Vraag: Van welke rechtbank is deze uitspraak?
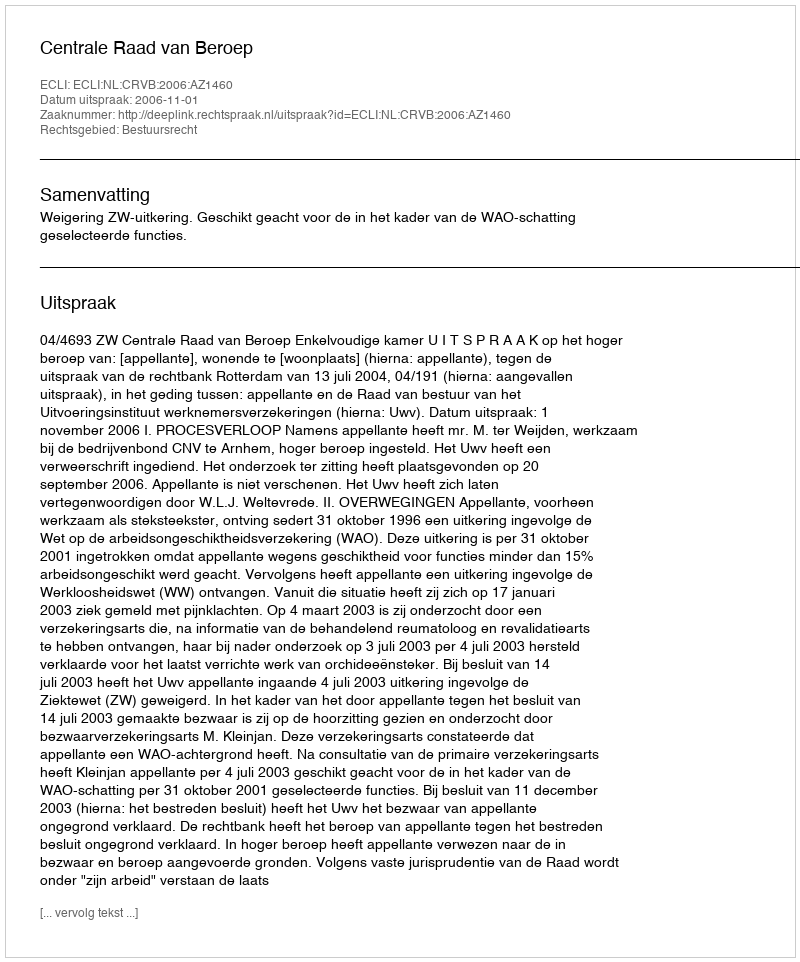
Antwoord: Centrale Raad van Beroep